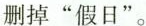
删掉”假日”。